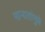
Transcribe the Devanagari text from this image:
मान्यतांमुळे